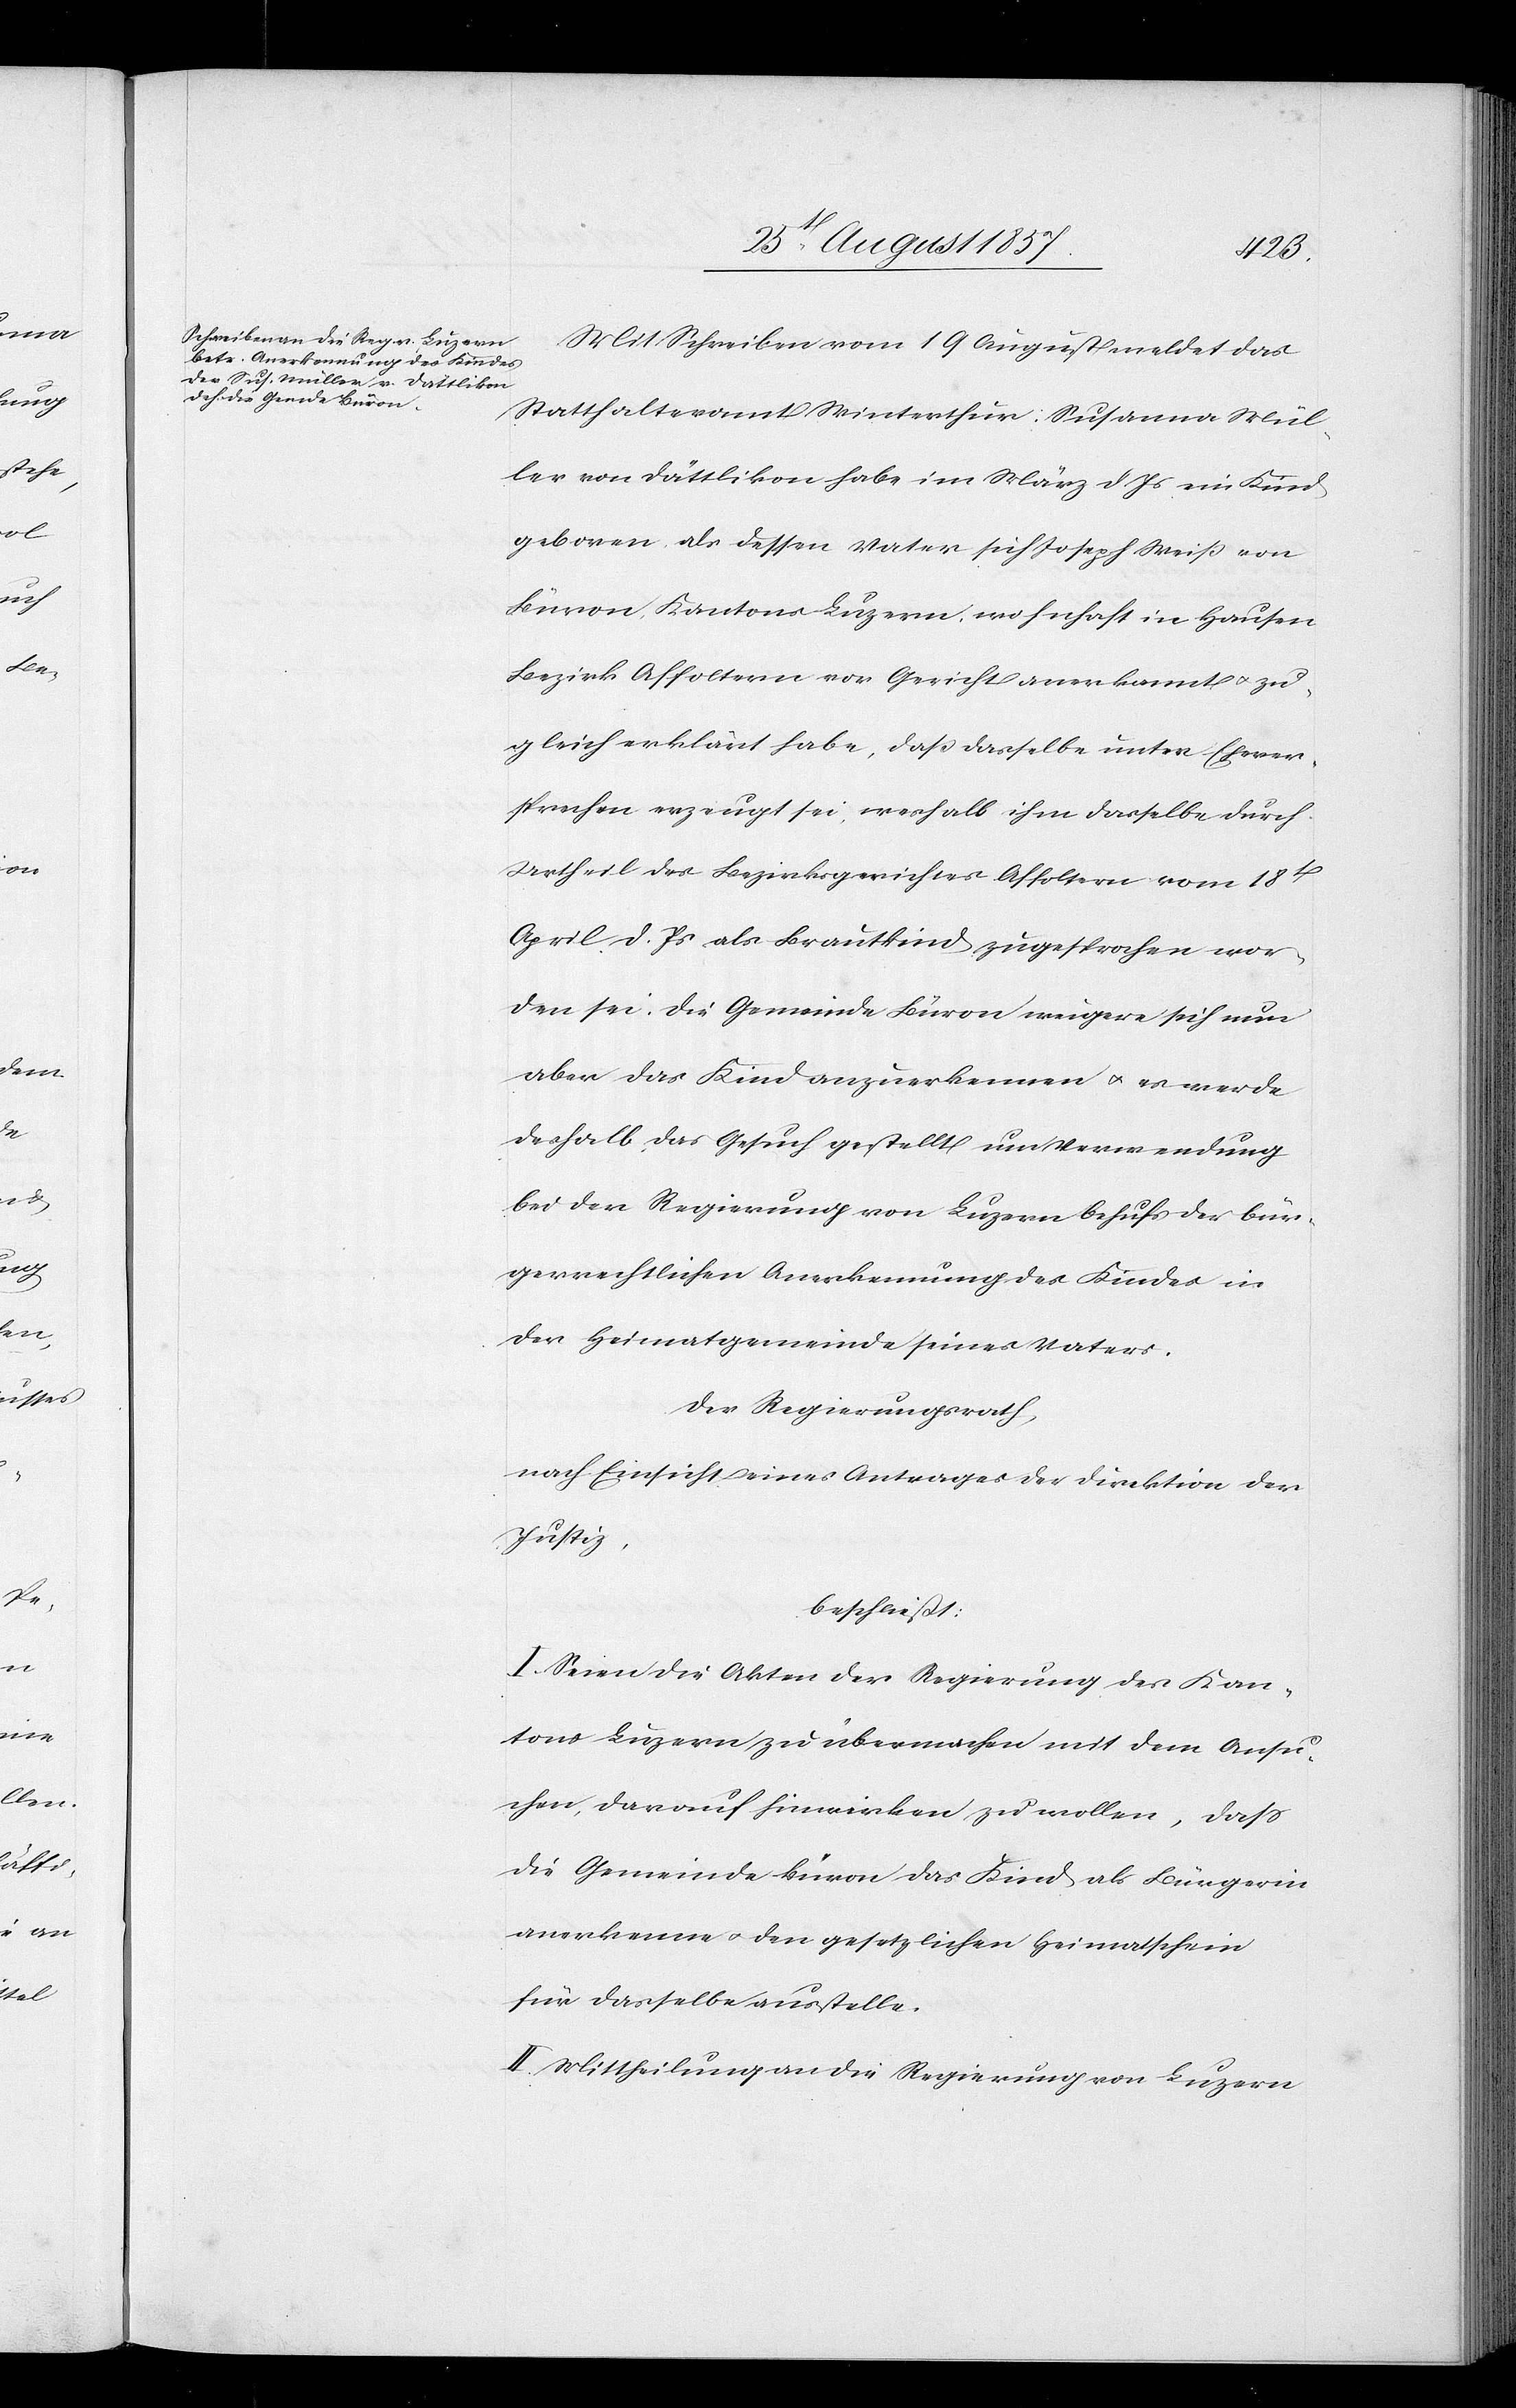
Mit Schreiben vom 19 August meldet das
Statthalteramt Winterthur: Susanna Mül¬
ler von Dättlikon habe im März d. Js. ein Kind
geboren, als dessen Vater sich Joseph Weiß von
Büvon, Kantons Luzern, wohnhaft in Hausen
Bezirk Affoltern vor Gericht anerkannt & zu¬
gleich erklärt habe, daß dasselbe unter Ehever¬
sprechen erzeugt sei, weshalb ihm dasselbe durch
Urtheil des Bezirksgerichtes Affoltern vom 18t
April d. Js. als Brautkind zugesprochen wor¬
den sei. Die Gemeinde Büvon weigere sich nun
aber das Kind anzuerkennen & es werde
deshalb, das Gesuch gestellt um Verwendung
bei den Regierungen von Luzern behufs der bür¬
gerrechtlichen Anerkennung des Kindes in
der Heimatgemeinde seines Vaters.
Der Regierungsrath,
nach Einsicht eines Antrages der Direktion der
Justiz,
beschließt:
I. Seien die Akten der Regierung des Kan¬
tons Luzern zu übermachen mit dem Ansu¬
chen, darauf hinwirken zu wollen, daß
die Gemeinde Büvon das Kind als Bürgerin
anerkenne & den gesetzlichen Heimatschein
für dasselbe ausstelle.
II. Mittheilung an die Regierung von Luzern